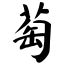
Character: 萄